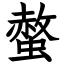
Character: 螫